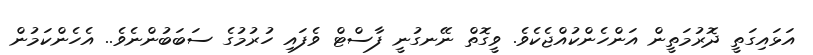
އަޅައިގަތީ ދޮރުމަތީން އަންހެންކުއްޖެކެވެ. ވީގޮތް ނޭނގުނީ ފާސްޓް ވެފައި ހުރުމުގެ ސަބަބުންނެވެ.. އެހެންކަމުން